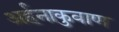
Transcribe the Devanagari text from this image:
अर्हनाकुवाण